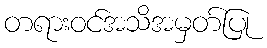
တရားဝင်အသိအမှတ်ပြု